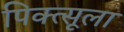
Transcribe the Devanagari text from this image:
पिक्त्सूला